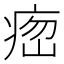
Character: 𤶵